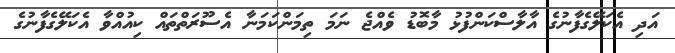
އަދި އެކަލޭގެފާނުގެ އާލާސްކަންފުޅު މާބޮޑު ވެއްޖެ ނަމަ ތިމަންކަމަނާ އެސޫރަތްތައް ކިއުއްވާ އެކަލޭގެފާނުގެ